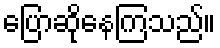
ပြောဆိုနေကြသည်။